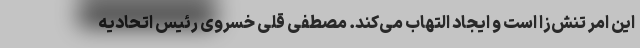
این امر تنش‌زا است و ایجاد التهاب می‌کند. مصطفی قلی خسروی رئیس اتحادیه